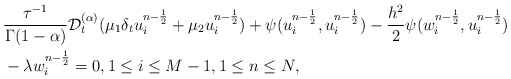
\begin{align*} &\frac{\tau^{-1}}{\Gamma(1-\alpha)}\mathcal{D}_t^{(\alpha)}( \mu_1 \delta_t u_i^{n-\frac{1}{2}}+\mu_2 u_i^{n-\frac{1}{2}})+\psi(u_i^{n-\frac{1}{2}},u_i^{n-\frac{1}{2}})-\frac{h^2}{2}\psi(w_i^{n-\frac{1}{2}},u_i^{n-\frac{1}{2}})\\ &-\lambda w_i^{n-\frac{1}{2}}=0,1\leq i \leq M-1,1\leq n\leq N, \end{align*}